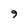
Character: 9